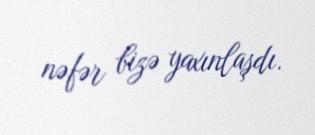
nəfər bizə yaxınlaşdı.